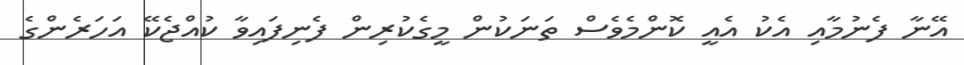
އޭނާ ފެނުމާއި އެކު އެއީ ކޮންމެވެސް ތަނަކުން މީގެކުރިން ފެނިފައިވާ ކުއްޖެކޭ އަހަރެންގެ